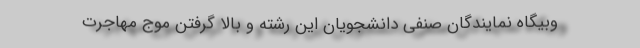
‌وبیگاه نمایندگان صنفی دانشجویان این رشته و بالا گرفتن موج مهاجرت